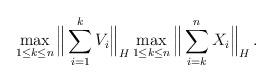
LaTeX: \begin{align*} \max_{1 \leq k \leq n} \Big \| \sum_{i=1}^{k} V_i \Big \|_H \max_{1 \leq k \leq n} \Big \| \sum_{i=k}^n X_i \Big \|_H \, .\end{align*}